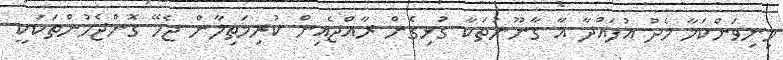
މިނިވަންކަމާ މެދު އުފައްދާ އާ ގާނޫނުތަކާ ގުޅިގެން ރާއްޖެއިން ކުރިމަތިލާން ޖެހޭ ގޮންޖެހުންތަކަކީ